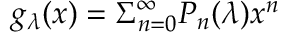
g _ { \lambda } ( x ) = \Sigma _ { n = 0 } ^ { \infty } P _ { n } ( \lambda ) x ^ { n }